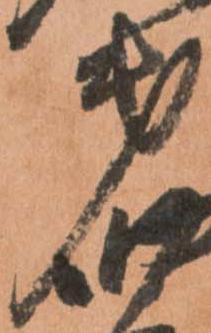
第